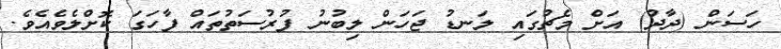
ހަސަން (ދާދު) އަށް މެޗުގައި ލަނޑު ޖަހަން ލިބުނު ފުރުސަތުތައް ފާހަގަ ކޮށްލެވެއެވެ.